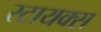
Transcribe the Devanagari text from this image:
स्टायक्स